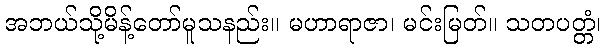
အဘယ်သို့မိန့်တော်မူသနည်း။ မဟာရာဇာ၊ မင်းမြတ်။ သတပတ္တံ၊